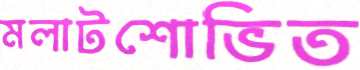
মলাটশোভিত